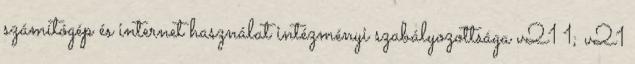
számítógép és internet használat intézményi szabályozottsága v21 1; v21